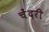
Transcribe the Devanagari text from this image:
चेंदरी